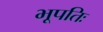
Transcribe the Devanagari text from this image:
भूपतिः